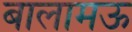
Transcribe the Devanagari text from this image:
बालामऊ